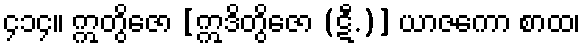
၄၁၄။ ဣတွိဇော [ဣဒိတွိဇော (ဋီ.)] ယာဇကော စာထ၊